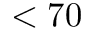
< 7 0